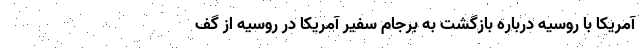
آمریکا با روسیه درباره بازگشت به برجام سفیر آمریکا در روسیه از گف